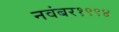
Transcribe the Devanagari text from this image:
नवंबर१९९४